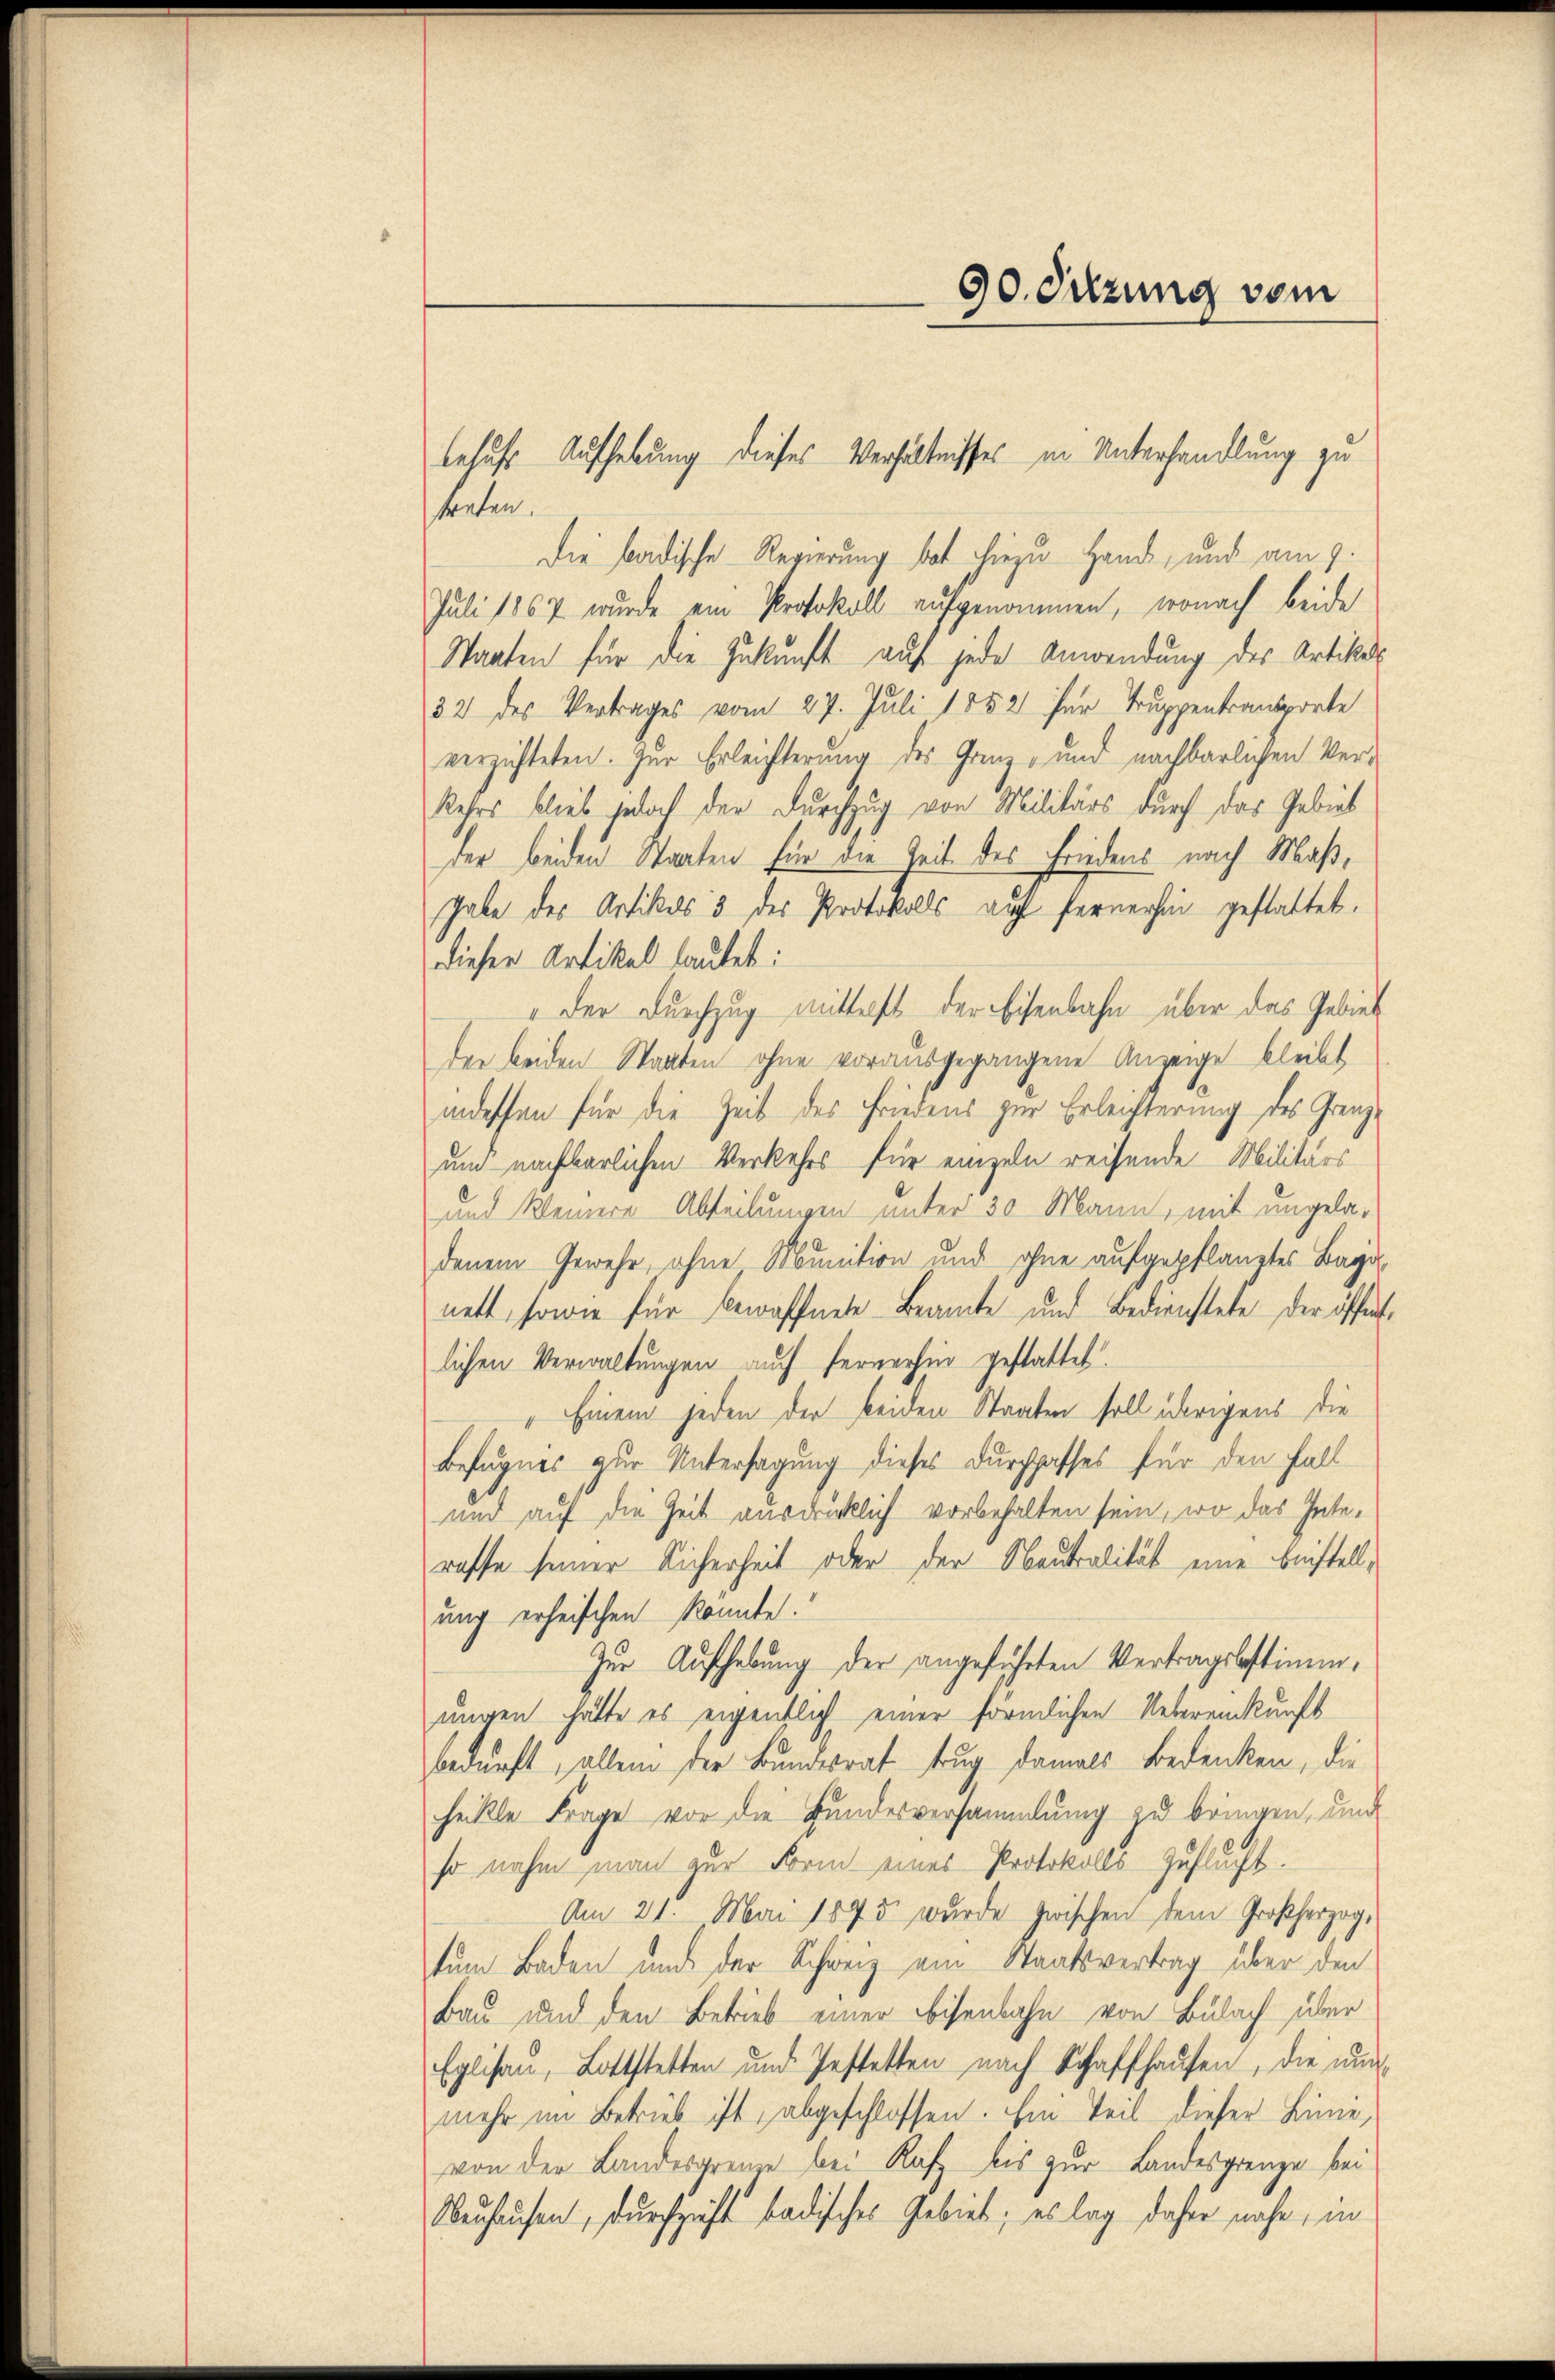
90. Sitzung vom

behufs Aufhebung dieses Verhältnisses in Unterhandlung zu
treten.

Die badische Regierung bat hiezu Hand, und am 9.
Juli 1867 wurde ein Protokoll aufgenommen, wonach beide
Staaten für die Zukunft auf jede Anwendung des Artikel
32 des Vertrages vom 27. Juli 1882 für Truppentransporte
verzichteten. Zur Erleichterung des Grenz- und nachbarlichen Ver¬
Kehrs blieb jedoch der Durchzug von Militärs durch das Gebiet
der beiden Staaten für die Zeit des Friedens nach Maßhabe des Artikels 5 des Protokolls auf fernerhin gestattet.
dieser Artikel lautet:
" der Durchzug mittelst der Eisenbahn über das Gebiet
der beiden Staaten ohne vorausgegangene Anzeige bleibt
indessen für die Zeit des Friedens zur Erleichterung des Grenzum nachbarlichen Verkehrs für einzeln reisende Militärs
und Kleinere Abteilungen unter 30 Mann, mit ungeladenem Gewehr, ohne Munition und ohne aufgepflanztes Bagdnett, sowie für bewaffnete Beamte und Bedienstete der öffentlichen Verwaltungen auch fernerhin gestattet.
Einem jeden der beiden Staaten soll übrigens die
Befugnis zur Untersagung dieses Durchgasses für den Fall
und auf die Zeit ausdrücklich vorbehalten sein, wo das Interasse seiner Sicherheit oder der Neutralität eine bestellung erheischen konnte.
Zur Aufhebung der angeführten Vertragsbestimmungen hätte es eigentlich einer förmlichen Uebereinkunft
bedurft, allein der Bundesrat trug damals Bedenken, die
heikle Frage vor die Bundesversammlung zu bringen, und
so nahm man zur Form eines Protokolls-Zuflucht.
Am 21. Mai 1875 wurde zwischen dem Großherzog,
tum Baden und der Schweiz ein Staatsvertrag über den
Bau und den Betrieb einer Eisenbahn von Bülach über
Eglisau, Lottstetten und Jestetten nach Schaffhausen, die und
mehr im Betrieb ist, abgeschlossen. Ein Teil dieser Linie,
von der Landesgrenze bei Rafz bis zur Landesgrenze bei
Neuhausen, durchzieht badisches Gebiet; es lag daher nahe, in